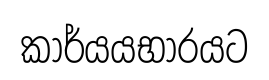
කාර්යයභාරයට